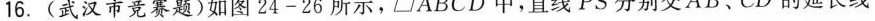
16. (武汉市竞赛题)如图24-26所示，□ABCD中，直线PS分别交AB、CD的延长线